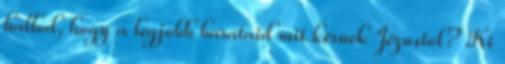
hallod, hogy a legjobb barátaid mit kérnek Jézustól? Ki